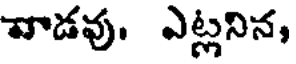
వాడవు. ఎట్లనిన,